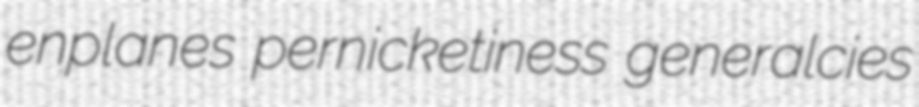
enplanes pernicketiness generalcies